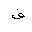
Letter: _fa